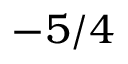
- 5 / 4